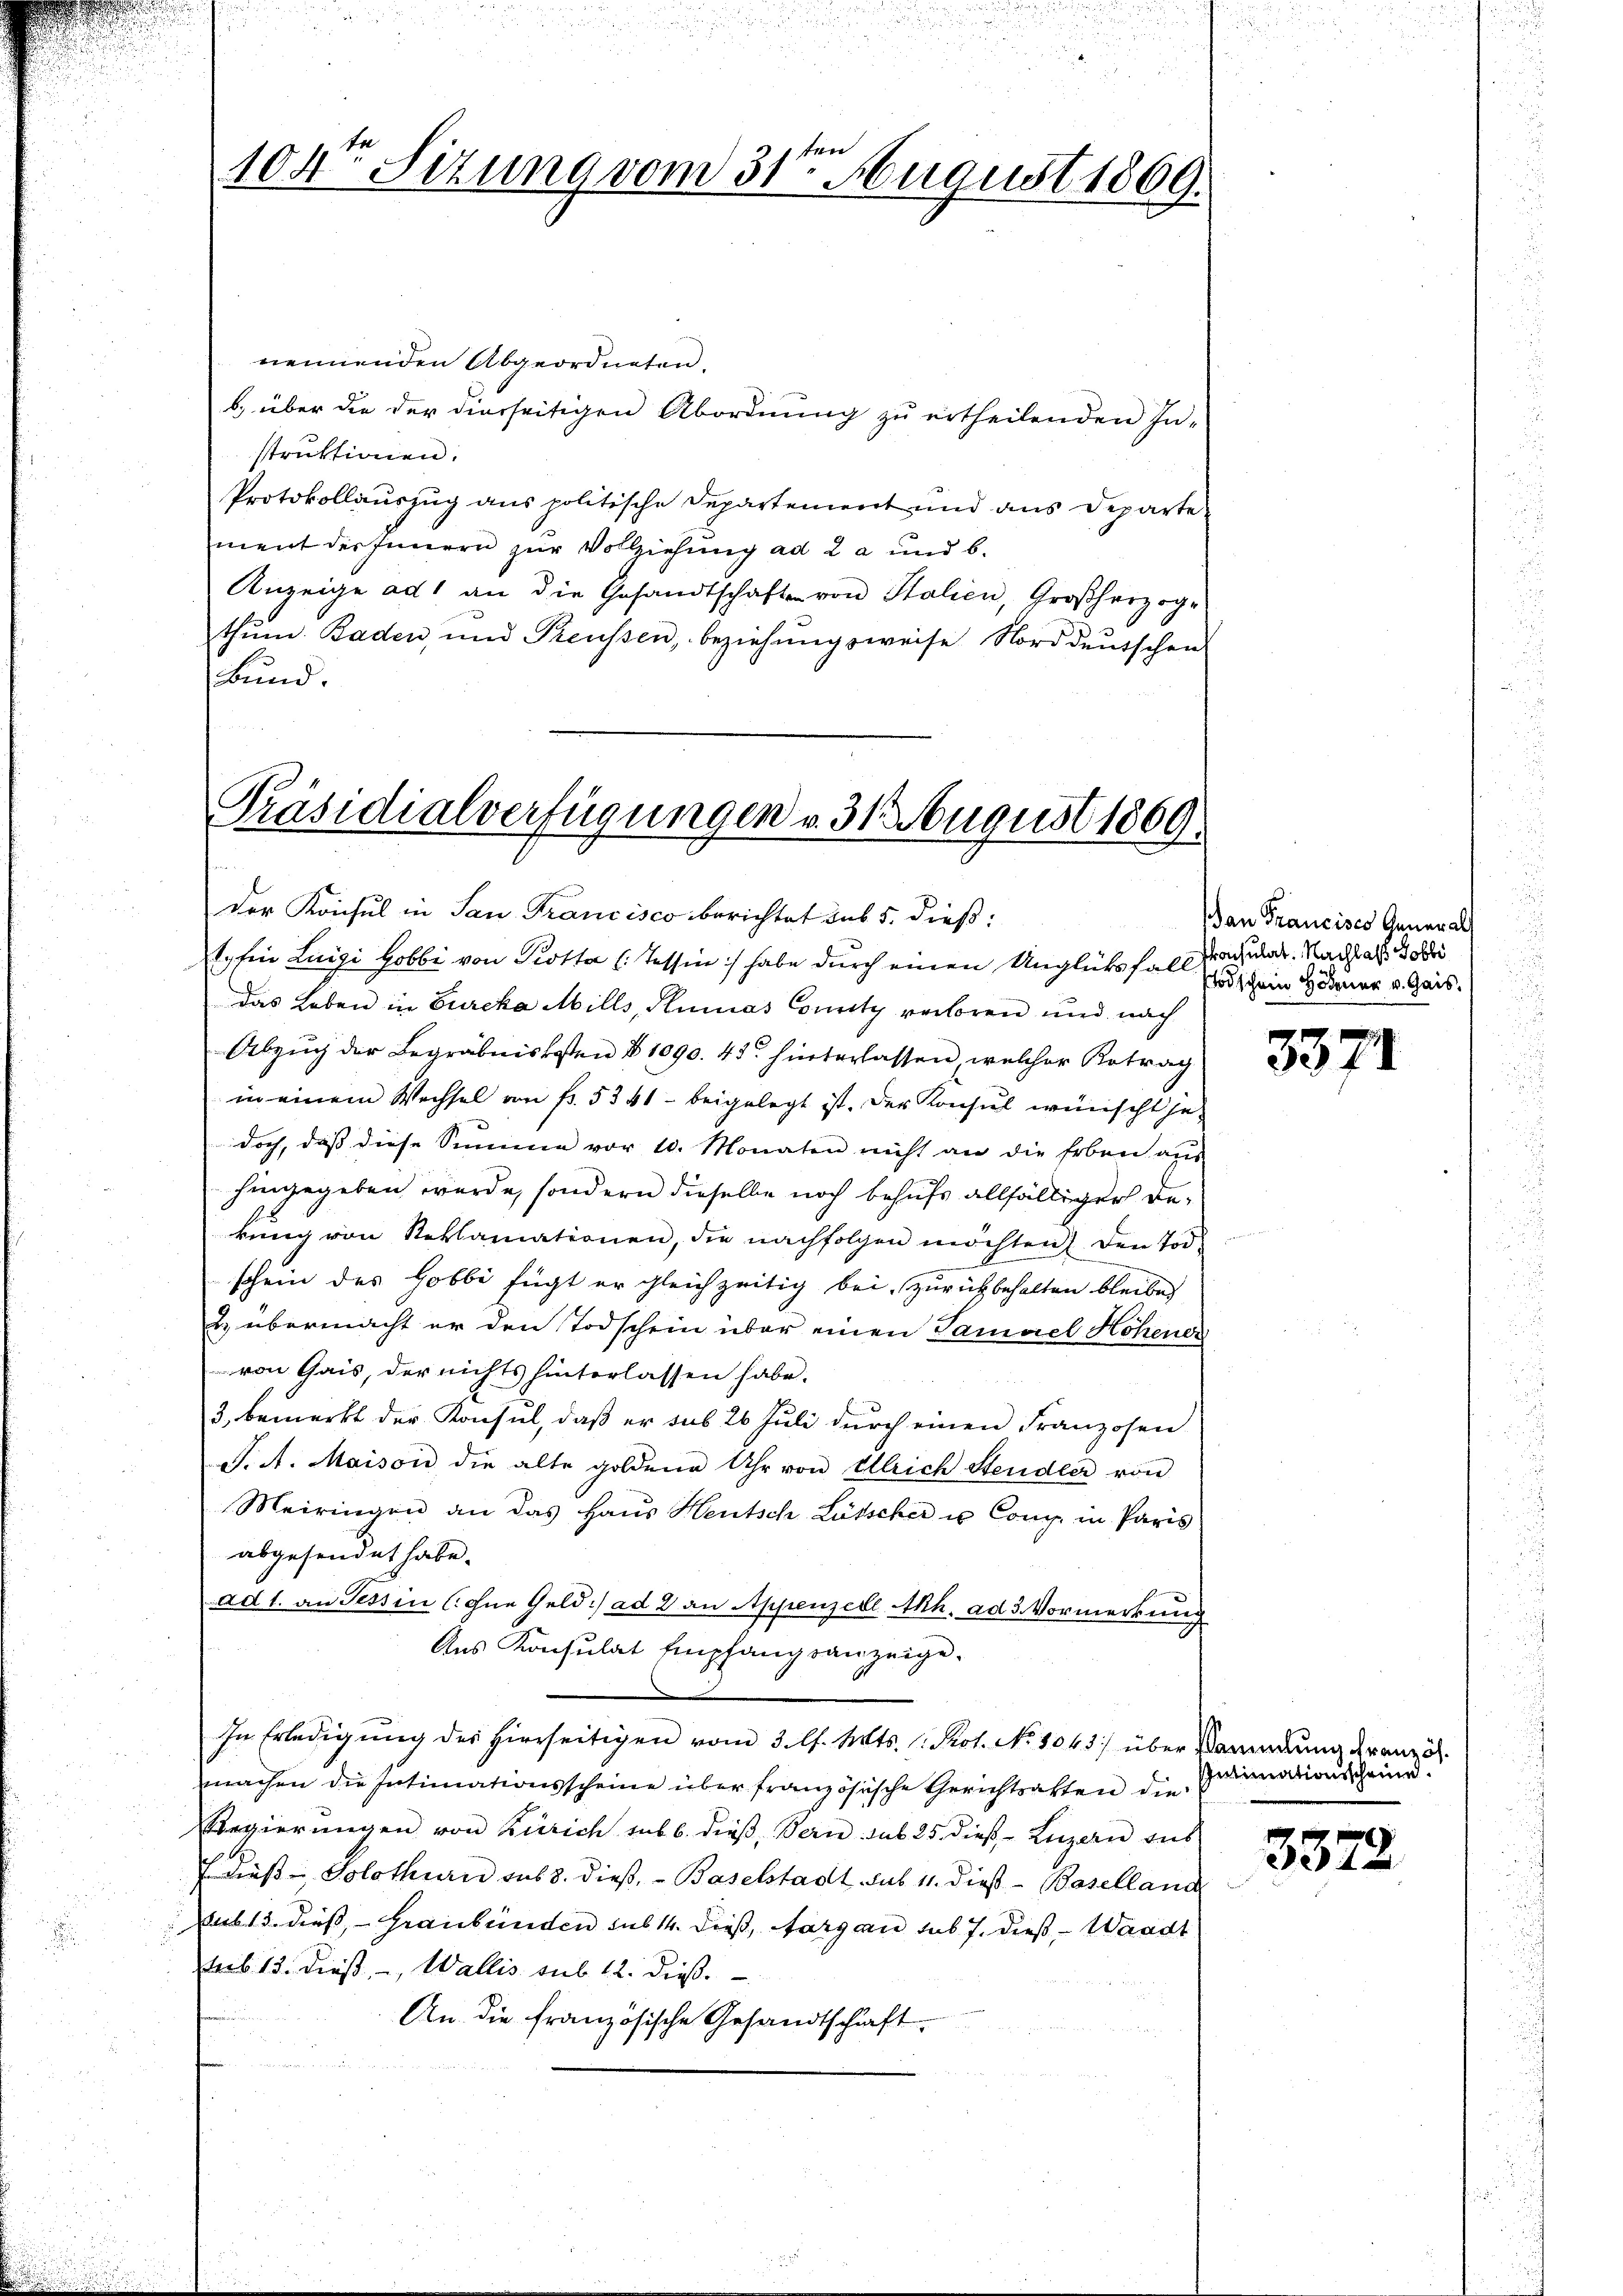
104ten Sizung vom 31ten August 1869.

nennenden Abgeordneten.
b) über die der dierseitigen Abordnung zu ertheilenden In-
struktionen.
Protokollauszug aus politische Departement und aus Departement der Innern zur Vollziehung ad 2 a und b.
Anzeige ad 1 an die Gesandtschaften von Stalien, Großherzoge
thŭm Baden, und Preussen, beziehŭngsweise Norddeŭtschen
Bund.

Präsidialverfügungen v. 31. August 1869.
Der Konsul in San Francisco berichtet sub 5. dieß:
tpfer Luigi Hobbi von Piotta (Tessin :/ habe durch einen Unglücksfall Zutat. Nachhast 188

das Leben in Burcka Aills, Kuias County verloren und nach
Abzug der Begräbniskosten § 1090. 43. hinterlassen, welcher Retrag
in einem Wechsel von fr. 5341 - beigelegt ist. Der Konsul wünscht hadoch, daß diese Summe vor 10. Monaten nicht an die Erben aus
hingegeben werde, sondern dieselbe noch behufs allfälliger Bekung von Reklamationen, die nachfolgen möchten den Tod.
schein des Gobbi fügt er gleichzeitig bei, zurückbehalten bleiben
2. übermacht er den Todschein über einen Samuel Hohener
von Gais, der nichts hinterlassen habe.
3, bemerkt der Konsul, daß er sub 26 Juli durch einen Franzosen
J. A. Maison die alte goldene Uhr von Ulrich Steudler von
Meiringen an das Haŭs Heutsch Lütscher u Comp. in Paris
abgesendet habe.
ad 1. an Tessin (ohne Geld ad 2 an Appenzell Ah. ad 3. Vormerkung
Aus Konsulat Empfangsanzeige.
In Erledigung des hierseitigen vom 3. l. Mts. 1. Prot. No 1043) über Wandlung dran dh.
machen die Intimationsscheine über französische Gerichtsatten die
Regierŭngen von Zürich sub b. dieβ, Bern sub 25. dieβ Luzern aus
Ediese Solothurn sub 8. dieß, — Baselstadt, sub 11. dieß - Baselland
sub 15. dieß, — Graubünden sub 14. dieß, Margau sub 7. dieß, — Waadt
tab 13. dieß, -, Wallis sub 12. dieß.
An die französische Gesandtschaft.

Dan Francisco Generals
Todschein Höhener v. Gais.

3371

Intimationsschein.

3372